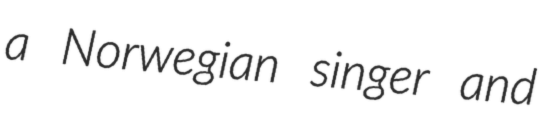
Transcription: a Norwegian singer and